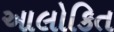
આલોકિત